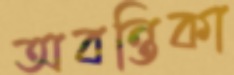
অবন্তিকা